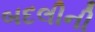
બદલીની